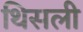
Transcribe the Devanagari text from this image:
थिसली